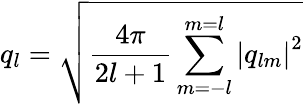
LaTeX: q_{l}=\sqrt{\frac{4\pi}{2l+1}\sum_{m=-l}^{m=l}\left|q_{lm}\right|^{2}}